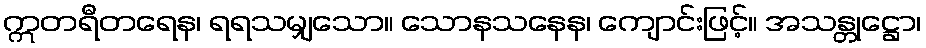
ဣတရီတရေန၊ ရရသမျှသော။ သောနသနေန၊ ကျောင်းဖြင့်။ အသန္တုဋ္ဌော၊